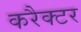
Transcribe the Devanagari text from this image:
करैक्टर